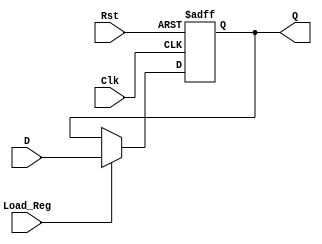
`timescale 1ns / 1ps


module fact_reg #(parameter w = 32)(
    input wire Clk, Rst,
    input wire [w-1:0] D,
    input wire Load_Reg,
    output reg [w-1:0] Q
    );
    
    always @ (posedge Clk, posedge Rst) begin
    if (Rst)
        Q <= 0;
    else if (Load_Reg)
        Q <= D;
    else
        Q <= Q;
    end
    
endmodule